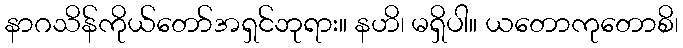
နာဂသိန်ကိုယ်တော်အရှင်ဘုရား။ နဟိ၊ မရှိပါ။ ယတောကုတောစိ၊